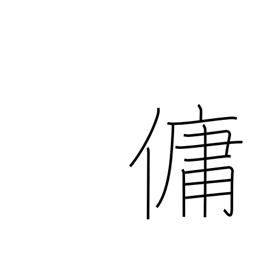
Meaning: employ